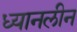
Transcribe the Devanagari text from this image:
ध्यानलीन